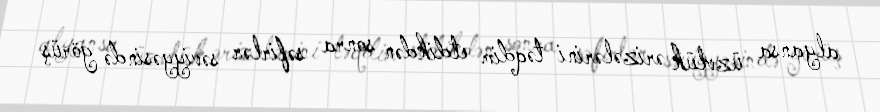
alyansa üzvlük ərizələrini təqdim etdikdən sonra səfirlər səviyyəsində görüş